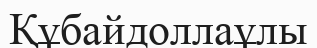
Құбайдоллаұлы